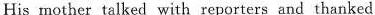
His mother talked with reporters and thanked